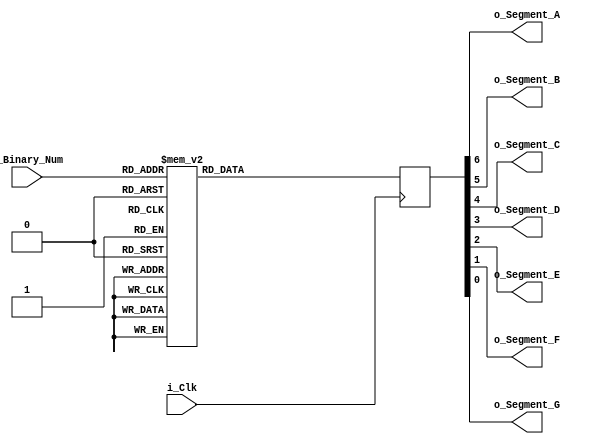
module Binary_To_7Segment 
  (
   input       i_Clk,
   input [3:0] i_Binary_Num,
   output      o_Segment_A,
   output      o_Segment_B,
   output      o_Segment_C,
   output      o_Segment_D,
   output      o_Segment_E,
   output      o_Segment_F,
   output      o_Segment_G
   );
 
  reg [6:0]    r_Hex_Encoding = 7'h00;
   
  always @(posedge i_Clk)
    begin
      case (i_Binary_Num)
        4'b0000 : r_Hex_Encoding <= 7'h7E;
        4'b0001 : r_Hex_Encoding <= 7'h30;
        4'b0010 : r_Hex_Encoding <= 7'h6D;
        4'b0011 : r_Hex_Encoding <= 7'h79;
        4'b0100 : r_Hex_Encoding <= 7'h33;          
        4'b0101 : r_Hex_Encoding <= 7'h5B;
        4'b0110 : r_Hex_Encoding <= 7'h5F;
        4'b0111 : r_Hex_Encoding <= 7'h70;
        4'b1000 : r_Hex_Encoding <= 7'h7F;
        4'b1001 : r_Hex_Encoding <= 7'h7B;
        4'b1010 : r_Hex_Encoding <= 7'h77;
        4'b1011 : r_Hex_Encoding <= 7'h1F;
        4'b1100 : r_Hex_Encoding <= 7'h4E;
        4'b1101 : r_Hex_Encoding <= 7'h3D;
        4'b1110 : r_Hex_Encoding <= 7'h4F;
        4'b1111 : r_Hex_Encoding <= 7'h47;
      endcase
    end 
 
  
  assign o_Segment_A = r_Hex_Encoding[6];
  assign o_Segment_B = r_Hex_Encoding[5];
  assign o_Segment_C = r_Hex_Encoding[4];
  assign o_Segment_D = r_Hex_Encoding[3];
  assign o_Segment_E = r_Hex_Encoding[2];
  assign o_Segment_F = r_Hex_Encoding[1];
  assign o_Segment_G = r_Hex_Encoding[0];
 
endmodule